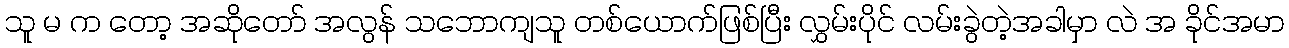
သူ မ က တော့ အဆိုတော် အလွန် သဘောကျသူ တစ်ယောက်ဖြစ်ပြီး လွှမ်းပိုင် လမ်းခွဲတဲ့အခါမှာ လဲ အ ခိုင်အမာ